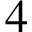
4